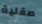
صقلية